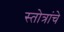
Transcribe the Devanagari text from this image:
स्तोत्रांचे